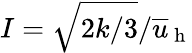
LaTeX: I=\sqrt{2k/3}/\overline{{u}}_{\mathrm{~h~}}